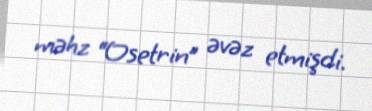
məhz “Osetrin” əvəz etmişdi.